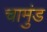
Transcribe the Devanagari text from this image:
चामुंड